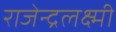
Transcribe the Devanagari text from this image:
राजेन्द्रलक्ष्मी